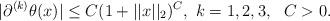
LaTeX: \begin{align*} \vert \partial^{(k)} \theta(x) \vert \leq C (1+ \vert \vert x \vert \vert_2)^C, \ k=1,2,3, \ \ C>0 . \end{align*}